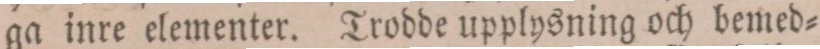
ga inre elementer. Trodde upplysning och bemed=